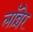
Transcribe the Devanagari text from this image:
लॉन्चेर